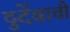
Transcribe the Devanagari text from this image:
दुर्देवाची